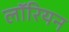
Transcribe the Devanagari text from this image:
लॉरियन